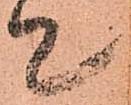
て